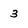
Character: 3